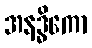
အနဒ္ဓိကော